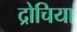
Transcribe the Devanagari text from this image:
द्रोचिया